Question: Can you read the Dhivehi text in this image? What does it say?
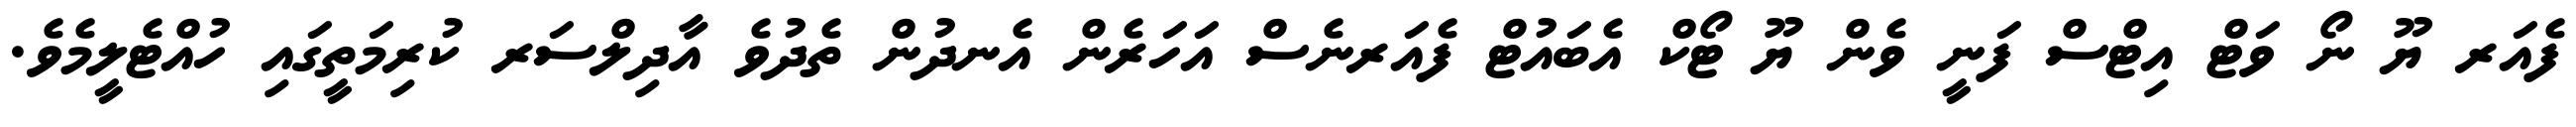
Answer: ފެއަރ ޔޫ ނޯ ވަޓް އިޓްސް ފަނީ ވެން ޔޫ ޓޯކް އެބައުޓް ފެއަރނެސް އަހަރެން އެނދުން ތެދުވެ އާދިލްސަރ ކުރިމަތީގައި ހުއްޓެލީމެވެ.